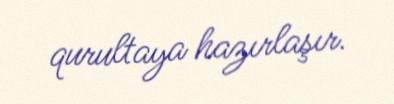
qurultaya hazırlaşır.